Civil Veterinary Dept. Bombay admin report 1923-31 - 1923-1931
Year: 1923
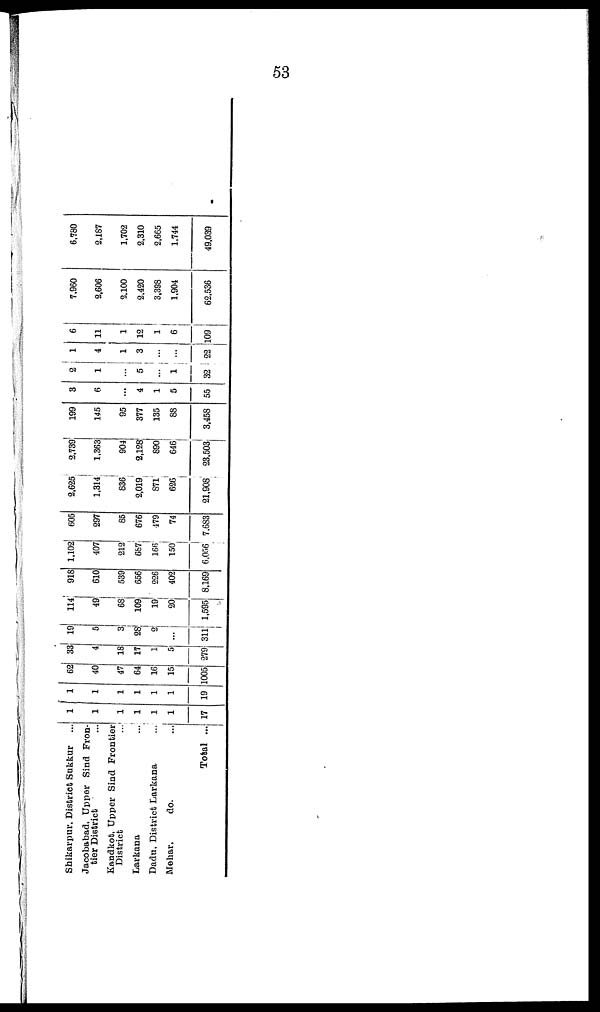
53
Shikarpur District Sukkur ...
Jacobabad, Upper Sind Fron-
tier District ...
Kandkot, Upper Sind Frontier
District ...
Larkana ...
Dadu, District Larkana ...
Mehar,
do. ...
Total ...
1
1
1
1
1
1
17
1
1
1
1
1
1
19
62
40
47
64
16
15
1005
33
4
18
17
1
5
279
19
5
3
28
2
...
311
114
49
68
109
19
20
1,595
918
610
539
656
226
402
8,169
1,102
407
212
667
166
150
6,056
605
297
85
676
479
74
7,683
2,625
1,314
836
2,019
871
626
21,908
2,739
1,363
904
2,128
890
646
23,503
199
145
95
377
135
88
3,458
3
6
...
4
1
5
55
2
1
...
5
...
1
32
1
4
1
3
...
...
22
6
11
1
12
1
6
109
7,960
2,606
2.100
2,420
3,398
1,904
62,536
6,780
2,187
1,702
2,310
2,665
1,744
49,039